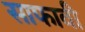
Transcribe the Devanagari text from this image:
साफावी